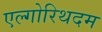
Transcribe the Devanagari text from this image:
एल्गोरिथदम